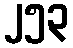
၂၅၃